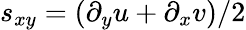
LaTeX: s_{xy}=(\partial_{y}u+\partial_{x}v)/2